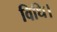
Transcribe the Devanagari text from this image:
विधि।